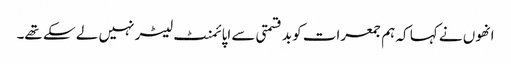
انھوں نے کہا کہ ہم جمعرات کو بدقسمتی سے اپائمنٹ لیٹر نہیں لے سکے تھے۔